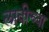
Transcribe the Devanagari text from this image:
लावीच्या